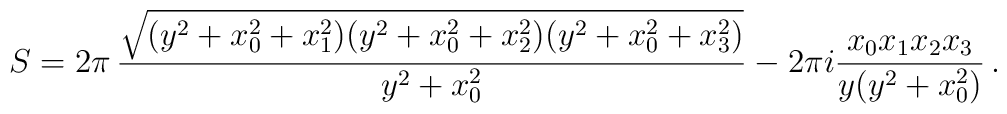
S=2\pi\, \frac{\sqrt{(y^2+x_0^2+x_1^2)(y^2+x_0^2+x_2^2)(y^2+x_0^2+x_3^2)}}{y^2+x_0^2} - 2\pi i \frac{x_0 x_1 x_2 x_3}{y (y^2 + x_0^2)}\, .